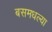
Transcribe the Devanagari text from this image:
बसमधल्या